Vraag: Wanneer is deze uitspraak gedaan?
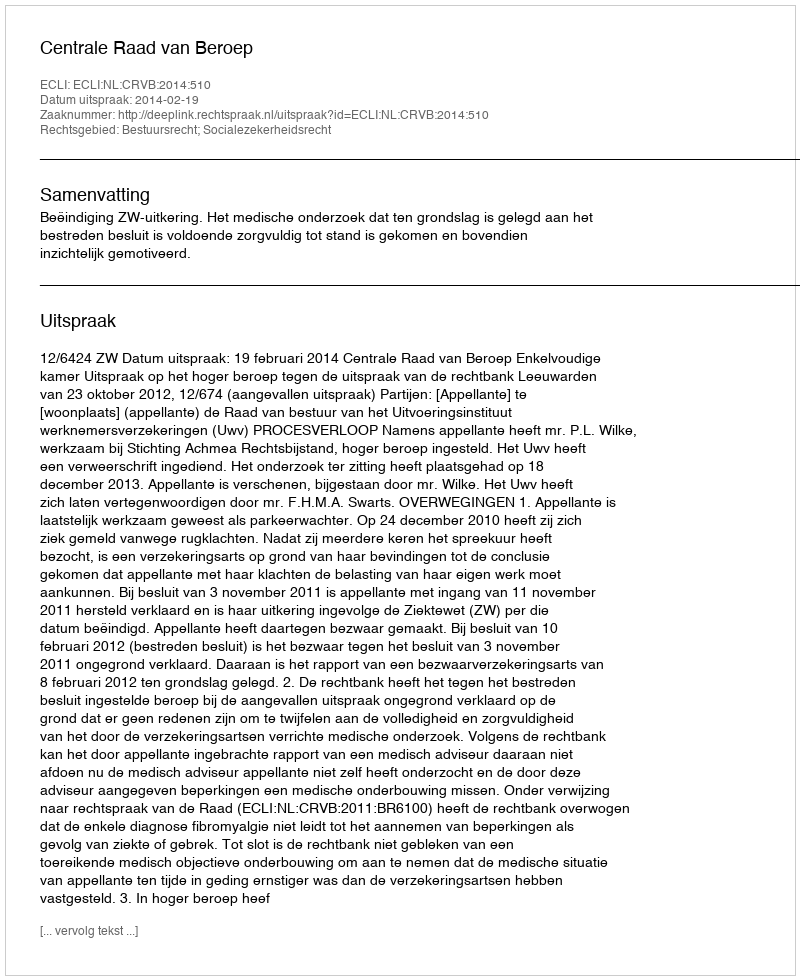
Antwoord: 2014-02-19